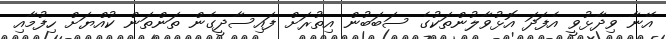
އޭނާ ވިދާޅުވީ އެފަދަ އޮޅުވާލުންތަކުގެ ސަބަބުން އިތުރަށް ފައިސާދީގެން ތަންތަން ކުއްޔަށް ހިފުމާއި